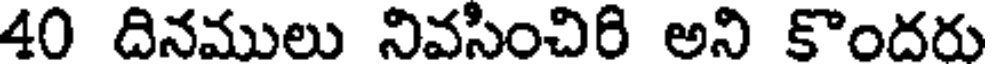
40 దినములు నివసించిరి అని కొందరు